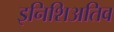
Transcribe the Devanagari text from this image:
इनिशिअतिव